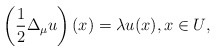
\begin{align*}\left(\frac12\Delta _{\mu}u\right)(x)=\lambda u(x), x \in U\/,\end{align*}